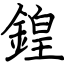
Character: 鍠